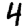
Digit: 4